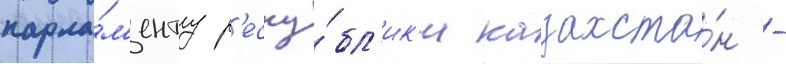
парла́м'енту р'еспу́бл'ик'и казахста́н -